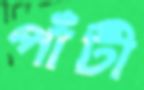
পাঁটী